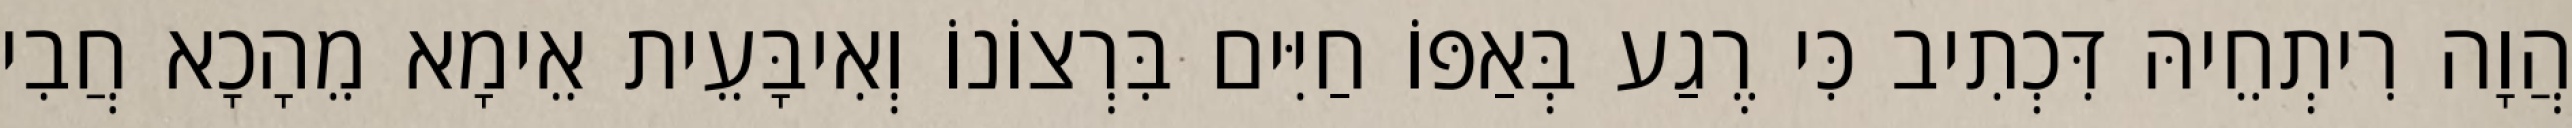
הֲוָה רִיתְחֵיהּ דִּכְתִיב כִּי רֶגַע בְּאַפּוֹ חַיִּים בִּרְצוֹנוֹ וְאִיבָּעֵית אֵימָא מֵהָכָא חֲבִי